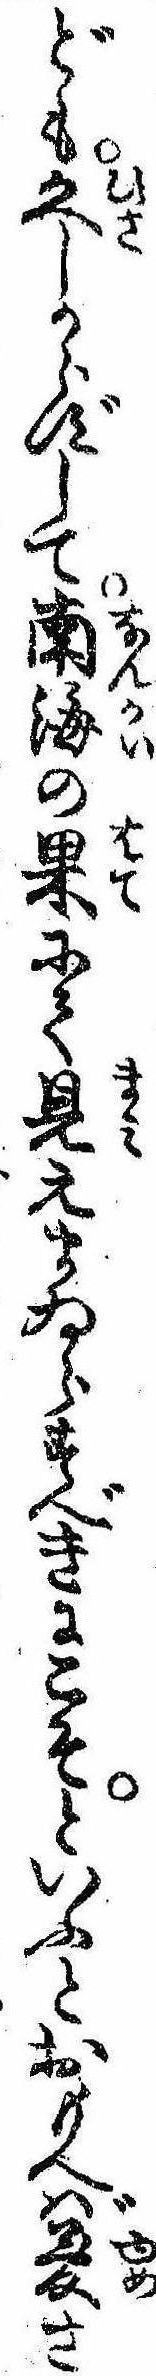
ども久しからずして南海の果にて見えまゐらすべきにこそといふとおもへば夢さ